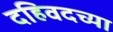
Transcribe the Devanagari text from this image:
दहिवदच्या